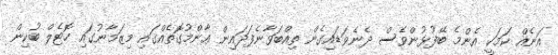
އަނެއް ކަމަކީ އެންމެ ބޭފުޅުންވެސް ދެނެވަޑައިގެން ތިއްބަވާނެފަދައިން ޢާންމުގޮތެއްގައި މިޒަމާނުގައި ހޮޓެލް ބުކިން